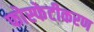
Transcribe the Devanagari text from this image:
फोस्फेटीकरण